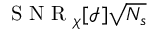
\mathrm { ~ S ~ N ~ R ~ } _ { \chi } [ \mathcal { I } ] \sqrt { N _ { s } }